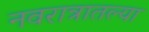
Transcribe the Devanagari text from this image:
नवरात्रातल्या